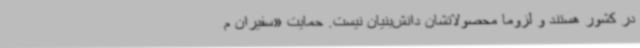
در کشور هستند و لزوما محصولاتشان دانش‌بنیان نیست. حمایت «سفیران م